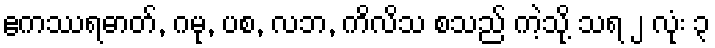
ဧကဿရဓာတ်, ဂမု, ပစ, လဘ, ကိလိသ စသည် ကဲ့သို့ သရ ၂ လုံး ၃